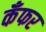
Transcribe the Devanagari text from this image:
कँफर